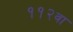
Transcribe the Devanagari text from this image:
११२वा